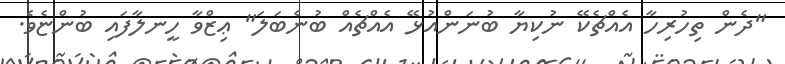
"ދެން ތިހުރިހާ އެއްޗެކޭ ނުކިޔާ ބުނަންއުޅޭ އެއްޗެއް ބުނެބަލަ" ޢިޒްވާ ހީނލާފައި ބުންޏެވެ.